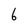
Character: 6